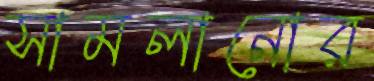
সামলানোর